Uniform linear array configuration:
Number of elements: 32
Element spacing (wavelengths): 0.5
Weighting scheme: hamming
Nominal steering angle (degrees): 15
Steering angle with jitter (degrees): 14.198
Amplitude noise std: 0.05
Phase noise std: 0.05

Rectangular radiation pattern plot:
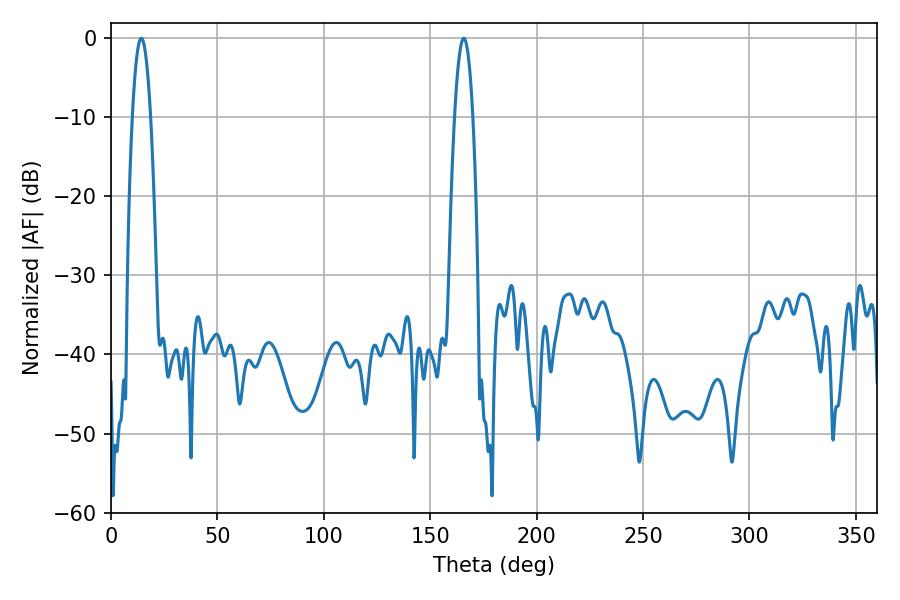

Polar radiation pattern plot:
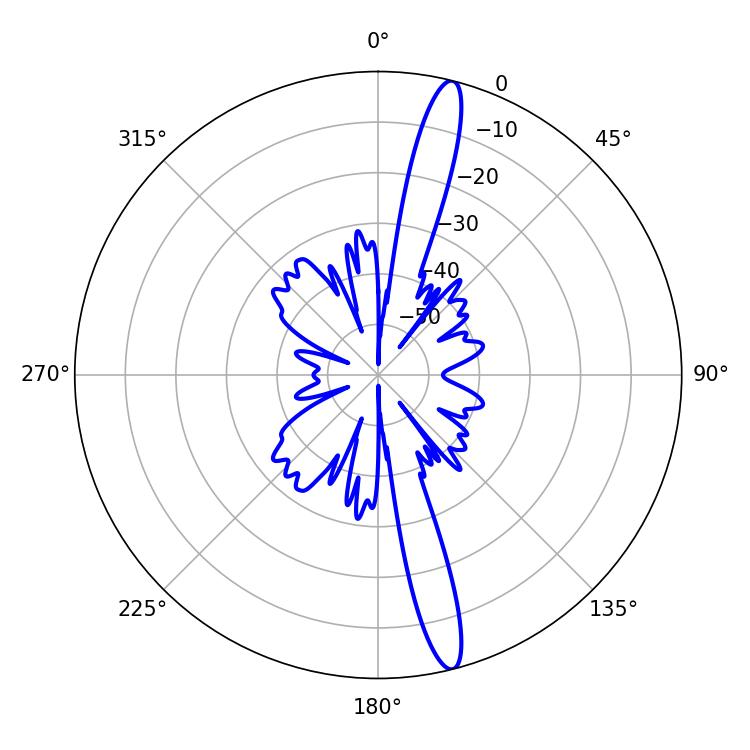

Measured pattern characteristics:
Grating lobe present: FALSE
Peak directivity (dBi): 16.594
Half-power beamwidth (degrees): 4.68
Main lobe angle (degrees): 14.22